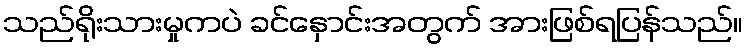
သည်ရိုးသားမှုကပဲ ခင်နှောင်းအတွက် အားဖြစ်ရပြန်သည်။